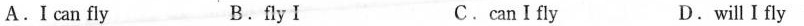
A.I can fly B. fly Ⅰ C.can I fly D.will I fly